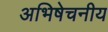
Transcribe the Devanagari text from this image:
अभिषेचनीय